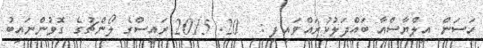
ހަސަން އިލްޔާސްއާ ބައްދަލުކުރައްވައިފި :  20